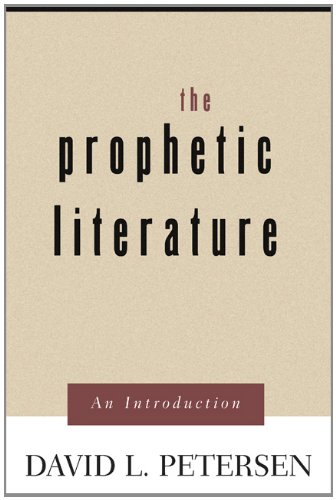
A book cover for The Prophetic Literature: An Introduction; David L. Petersen; Christian Books & Bibles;